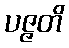
ပဇ္ဇတိ